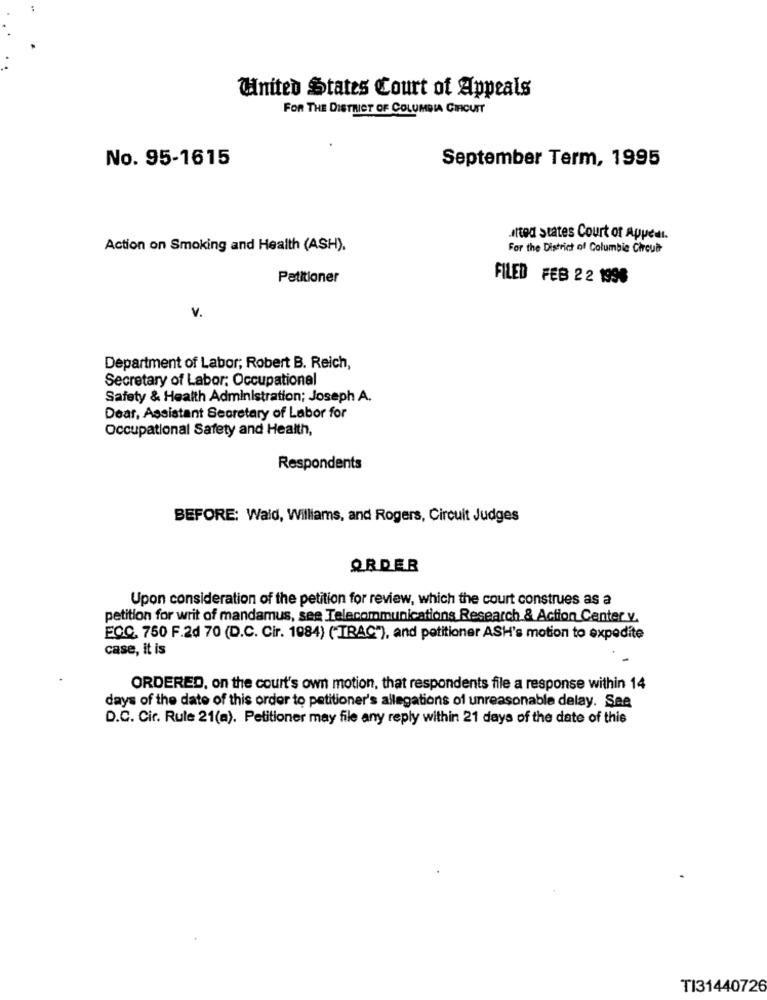
United States Court of Appeals
FOR THE DISTRICT OF COLUMBIA CIRCUIT
No. 95-1615
September Term, 1995
ten states Court of Appeal.
Action on Smoking and Health (ASH).
For the District of Columbia Circuit
Petitioner
FILED FEB 22 1996
V.
Department of Labor; Robert B. Reich,
Secretary of Labor: Occupational
Safety & Health Administration; Joseph A.
Dear, Assistant Secretary of Labor for
Occupational Safety and Health,
Respondents
BEFORE: Wald, Williams, and Rogers, Circuit Judges
ORDER
Upon consideration of the petition for review, which the court construes as a
petition for writ of mandamus, see Telecommunications Research & Action Center v.
ECC. 750 F.2d 70 (D.C. Cir. 1984) ("TRAC"), and petitioner ASH's motion to expedite
case, it is
ORDERED, on the court's own motion, that respondents file a response within 14
days of the date of this order to petitioner's allegations of unreasonable delay. See
D.C. Cir. Rule 21(a). Petitioner may file any reply within 21 days of the date of this
TI31440726